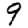
Digit: 9